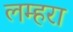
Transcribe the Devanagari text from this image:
लम्हरा